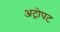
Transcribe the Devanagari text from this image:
अट्रोपट